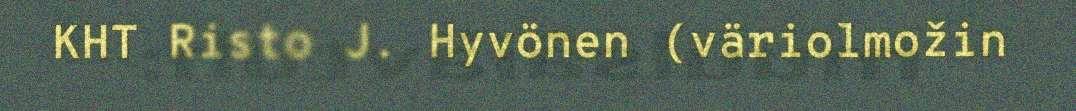
KHT Risto J. Hyvönen (väriolmožin